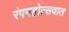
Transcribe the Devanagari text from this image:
रंगमहोत्सवात